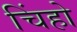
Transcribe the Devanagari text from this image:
चिंहो